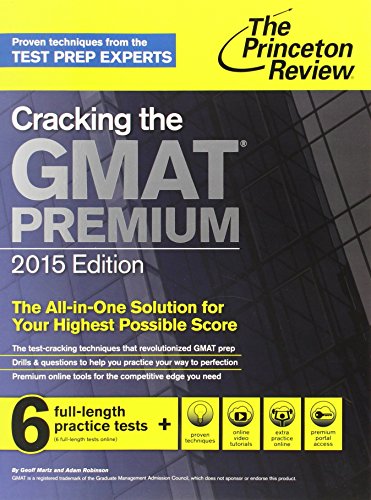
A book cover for Cracking the GMAT Premium Edition with 6 Computer-Adaptive Practice Tests, 2015 (Graduate School Test Preparation); Princeton Review; Test Preparation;